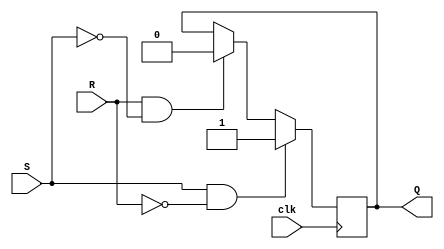
module sr_flipflop(
  input clk,
  input S,
  input R,
  output reg Q
);

always @(posedge clk) begin
  if (S && !R) begin
    Q <= 1;
  end else if (R && !S) begin
    Q <= 0;
  end
end

endmodule